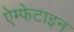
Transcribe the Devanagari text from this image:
ऐम्फेटाइन